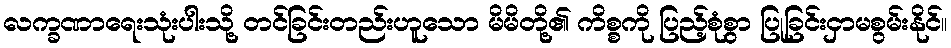
လက္ခဏာရေးသုံးပါးသို့ တင်ခြင်းတည်းဟူသော မိမိတို့၏ ကိစ္စကို ပြည့်စုံစွာ ပြုခြင်းငှာမစွမ်းနိုင်။